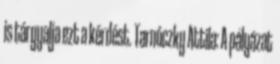
is tárgyalja ezt a kérdést. Tarnóczky Attila: A pályázat